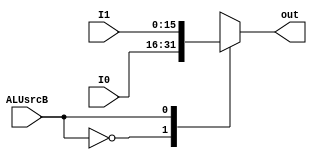
`timescale 1ns/1ns
module MUX5(input [15:0] I0,I1 ,input ALUsrcB, output reg [15:0] out);

always@(I0,I1,ALUsrcB) begin
	case(ALUsrcB)
		0: out <= I0;
		1: out <= I1;
	endcase
end
endmodule